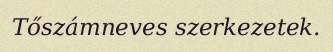
Tőszámneves szerkezetek.